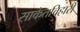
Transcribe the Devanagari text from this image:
साकेतविहारी